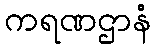
ကရဏဌာနံ